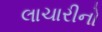
લાચારીનો